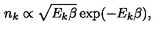
n _ { k } \propto \sqrt { E _ { k } \beta } \exp ( - E _ { k } \beta ) ,